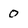
Character: 0